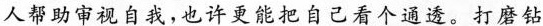
人帝助审视自我，也许更能把自己看个通透。打磨钻